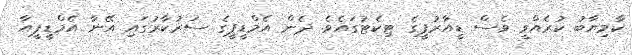
ކާމިޔާބު ކުރެއްވީ ވެސް ޑީއާރުޕީގެ ޓިކެޓުގައެވެ. ދެން އެމްޑީޕީގެ ސަރުކާރުގައި އޭނާ އެމްޑީޕީއާ